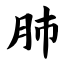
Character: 肺